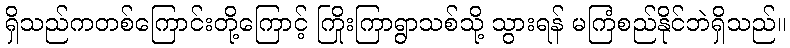
ရှိသည်ကတစ်ကြောင်းတို့ကြောင့် ကြိုးကြာရွာသစ်သို့ သွားရန် မကြံစည်နိုင်ဘဲရှိသည်။